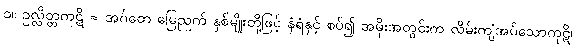
၁။ ဥလ္လိတ္တကုဋိ = အင်္ဂတေ မြေညက် နှစ်မျိုးတို့ဖြင့် နံရံနှင့် စပ်၍ အမိုးအတွင်းက လိမ်းကျံအပ်သောကုဋိ၊